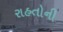
રાહતોની